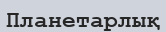
Планетарлық